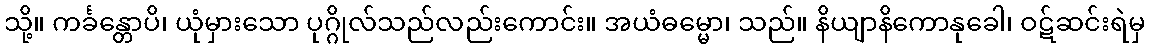
သို့။ ကင်္ခန္တောပိ၊ ယုံမှားသော ပုဂ္ဂိုလ်သည်လည်းကောင်း။ အယံဓမ္မော၊ သည်။ နိယျာနိကောနုခေါ၊ ဝဋ်ဆင်းရဲမှ